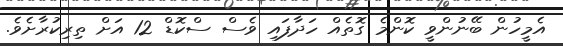
އެމީހުން ބޭނުންވީ ކޮންމެ ގޮތެއް ހަދާފައި ވެސް ސްކޮޑް 12 އަށް ތިރިކުރާށެވެ.